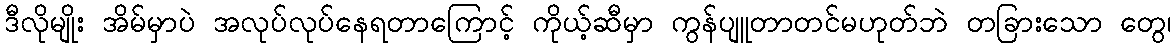
ဒီလိုမျိုး အိမ်မှာပဲ အလုပ်လုပ်နေရတာကြောင့် ကိုယ့်ဆီမှာ ကွန်ပျူတာတင်မဟုတ်ဘဲ တခြားသော တွေ၊